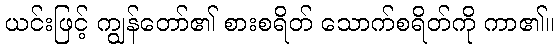
ယင်းဖြင့် ကျွန်တော်၏ စားစရိတ် သောက်စရိတ်ကို ကာ၏။